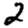
Digit: 2